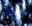
لولا